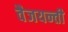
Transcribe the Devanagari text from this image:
वैजयन्‍ती